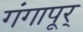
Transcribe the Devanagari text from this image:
गंगापूर्